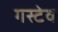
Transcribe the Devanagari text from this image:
गस्टेव